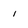
Character: 1